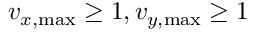
v _ { x , \operatorname* { m a x } } \geq 1 , v _ { y , \operatorname* { m a x } } \geq 1